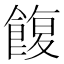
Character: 𩜲